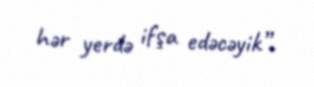
hər yerdə ifşa edəcəyik”.